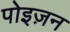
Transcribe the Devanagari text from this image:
पोइज़न